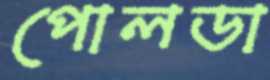
পোলডা